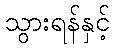
သွားရန်နှင့်